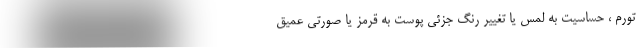
تورم ، حساسیت به لمس یا تغییر رنگ جزئی پوست به قرمز یا صورتی عمیق